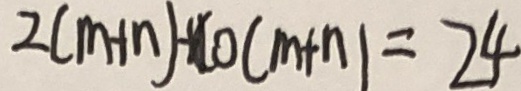
2 ( m + n ) + 1 0 ( m + n ) = 2 4